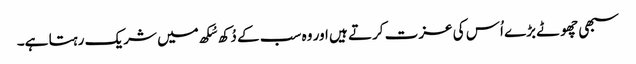
سبھی چھوٹے بڑے اُس کی عزت کرتے ہیں اور وہ سب کے دُکھ سُکھ میں شریک رہتا ہے۔